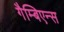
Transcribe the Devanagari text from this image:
गैम्बिएन्स